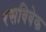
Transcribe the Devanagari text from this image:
रसविवेक